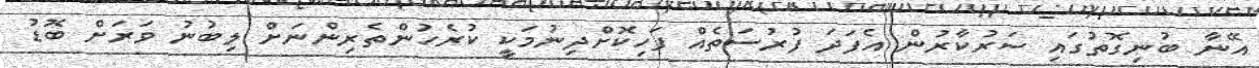
އޭނާ ބުނިގޮތުގައި ސަރުކާރުން އެފަދަ ފުރުސަތެއް ފަހިކޮށްދިނުމަކީ ކުރެހުންތެރިންނަށް ލިބުނު ވަރަށް ބޮޑު